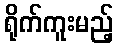
ရိုက်ကူးမည့်